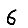
Digit: 6